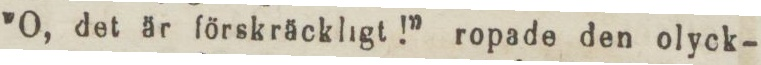
”O, det är förskräckligt!” ropade den olyck-